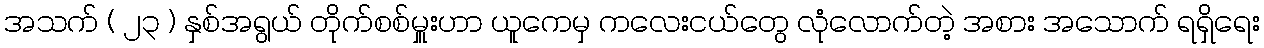
အသက် ( ၂၃ ) နှစ်အရွယ် တိုက်စစ်မှူးဟာ ယူကေမှ ကလေးငယ်တွေ လုံလောက်တဲ့ အစား အသောက် ရရှိရေး